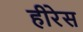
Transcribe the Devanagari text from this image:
हीरेस